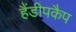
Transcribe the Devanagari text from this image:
हैंडीपकैप